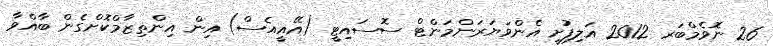
26 ނޮވެމްބަރ 2012 އަލިފުށީ އެންވަޔަރަންމަންޓް ސޮސައިޓީ (އޭއީއެސް) އިން އިންތިޒާމްކޮށްގެން ބާއްވާ